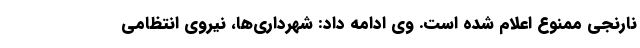
نارنجی ممنوع اعلام شده است. وی ادامه داد: شهرداری‌ها، نیروی انتظامی